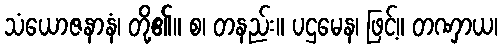
သံယောဇနာနံ၊ တို့၏။ စ၊ တနည်း။ ပဌမေန၊ ဖြင့်။ တဏှာယ၊